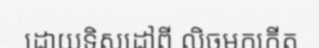
ដោយទិសដៅពី លិចមកកើត